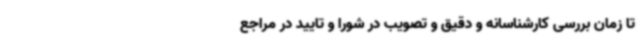
تا زمان بررسی کارشناسانه و دقیق و تصویب در شورا و تایید در مراجع